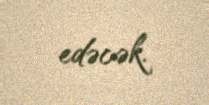
edəcək.